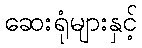
ဆေးရုံများနှင့်